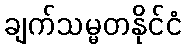
ချက်သမ္မတနိုင်ငံ